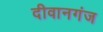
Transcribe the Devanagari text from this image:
दीवानगंज